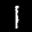
Label: 1